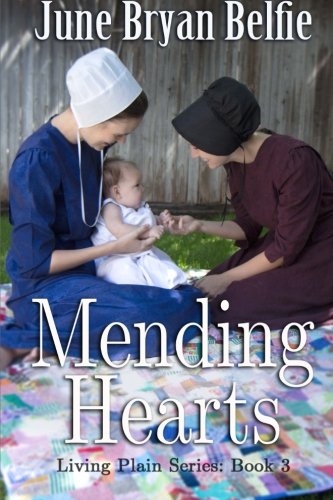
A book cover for Mending Hearts (Living Plain) (Volume 3); June Bryan Belfie; Christian Books & Bibles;